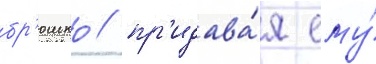
бр'юшко / пр'идава́я ему́